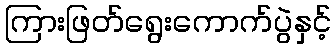
ကြားဖြတ်ရွေးကောက်ပွဲနှင့်